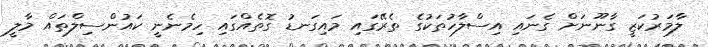
ލާމަރުކަޒީ ގާނޫނަށް ގެނައި އިސްލާހުތަކުގެ ތެރޭގައި މައިގަނޑު ގޮތެއްގައި ހިމެނެނީ ކައުންސިލްތައް މާލީ